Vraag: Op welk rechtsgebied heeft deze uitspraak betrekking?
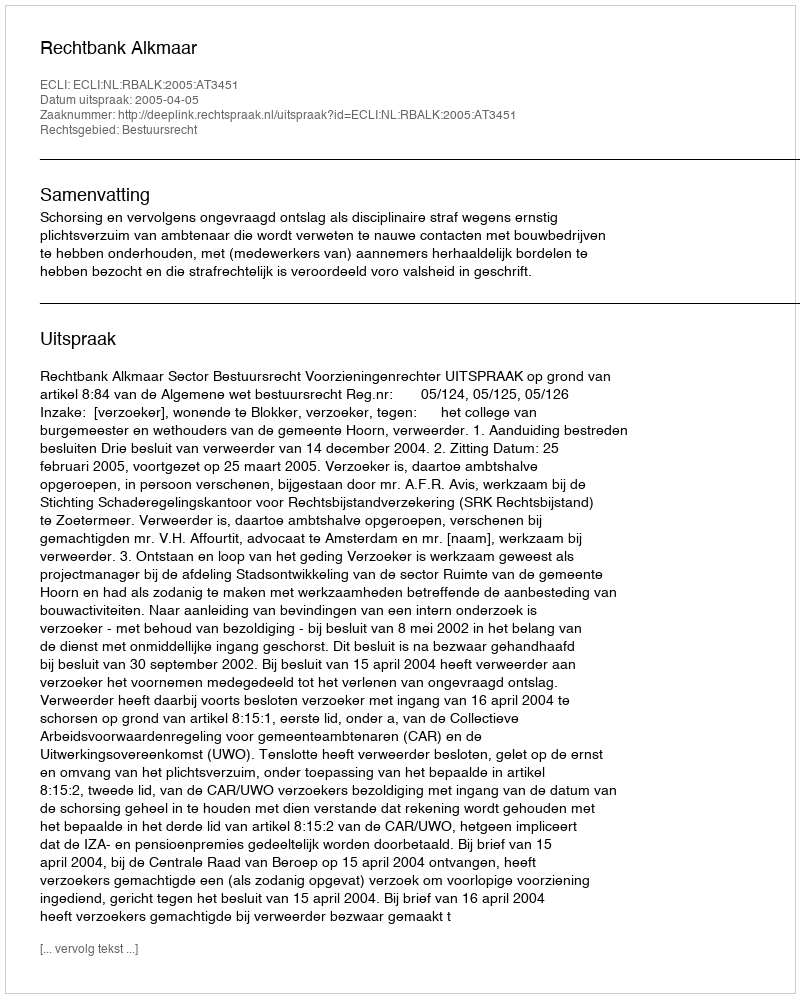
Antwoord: Bestuursrecht